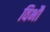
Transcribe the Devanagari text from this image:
विभौ